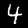
Label: 4